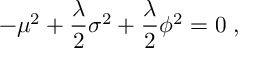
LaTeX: - \mu ^ { 2 } + \frac { \lambda } { 2 } \sigma ^ { 2 } + \frac { \lambda } { 2 } \phi ^ { 2 } = 0 \; ,